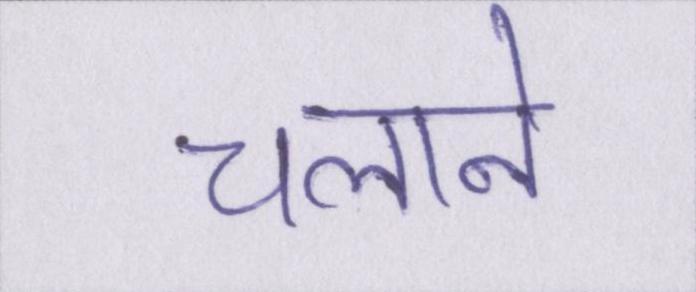
चलाने